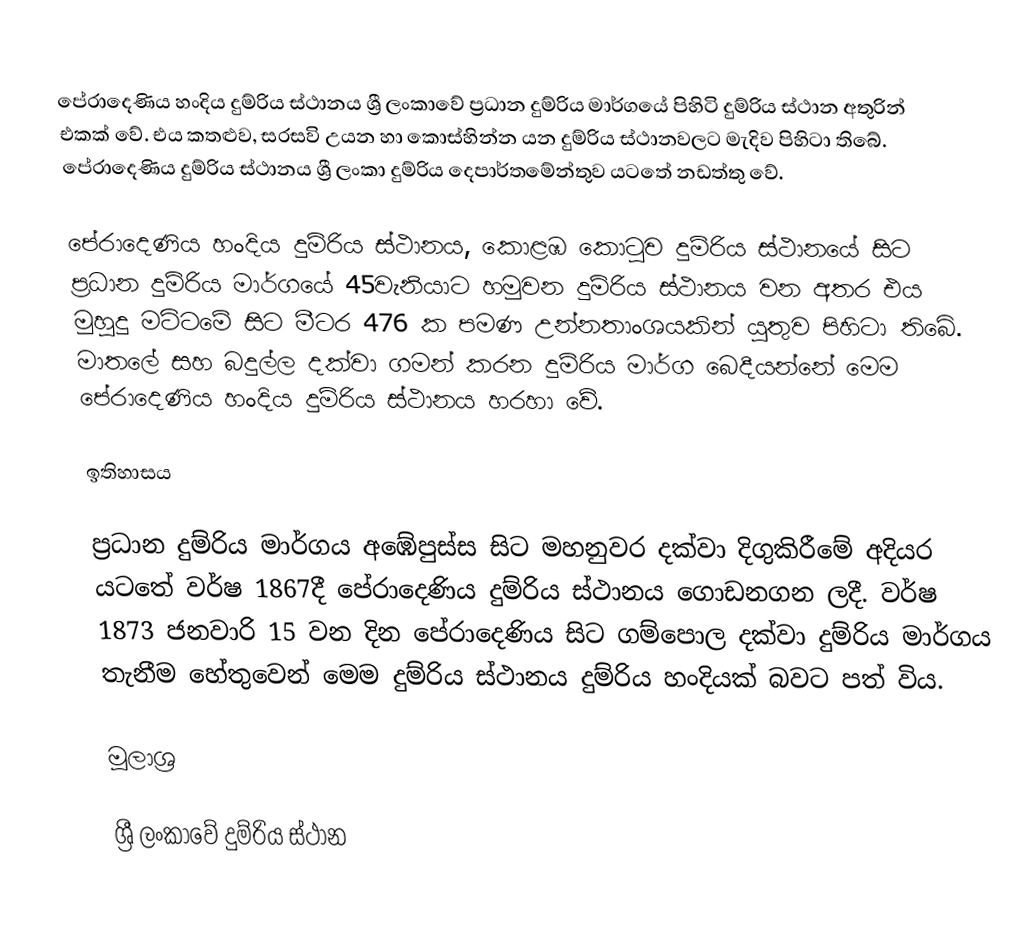
පේරාදෙණිය හංදිය දුම්රිය ස්ථානය ශ්‍රී ලංකාවේ ප්‍රධාන දුම්රිය මාර්ගයේ පිහිටි දුම්රිය ස්ථාන අතුරින් එකක් වේ. එය කතළුව,  සරසවි උයන හා කොස්හින්න යන දුම්රිය ස්ථානවලට මැදිව පිහිටා තිබේ. පේරාදෙණිය දුම්රිය ස්ථානය ශ්‍රී ලංකා දුම්රිය දෙපාර්තමේන්තුව යටතේ නඩත්තු වේ.

පේරාදෙණිය හංදිය දුම්රිය ස්ථානය, කොළඹ කොටුව දුම්රිය ස්ථානයේ සිට ප්‍රධාන දුම්රිය මාර්ගයේ 45වැනියාට හමුවන දුම්රිය ස්ථානය වන අතර එය මුහුදු මට්ටමේ සිට මීටර 476 ක පමණ උන්නතාංශයකින් යුතුව පිහිටා තිබේ. මාතලේ සහ බදුල්ල දක්වා ගමන් කරන දුම්රිය මාර්ග බෙදීයන්නේ මෙම පේරාදෙණිය හංදිය දුම්රිය ස්ථානය හරහා වේ.

ඉතිහාසය

ප්‍රධාන දුම්රිය මාර්ගය අඹේපුස්ස සිට මහනුවර දක්වා දිගුකිරීමේ අදියර යටතේ වර්ෂ 1867දී පේරාදෙණිය දුම්රිය ස්ථානය ගොඩනගන ලදී. වර්ෂ 1873 ජනවාරි 15 වන දින පේරාදෙණිය සිට ගම්පොල දක්වා දුම්රිය මාර්ගය තැනීම හේතුවෙන් මෙම දුම්රිය ස්ථානය දුම්රිය හංදියක් බවට පත් විය.

මූලාශ්‍ර

ශ්‍රී ලංකාවේ දුම්රිය ස්ථාන